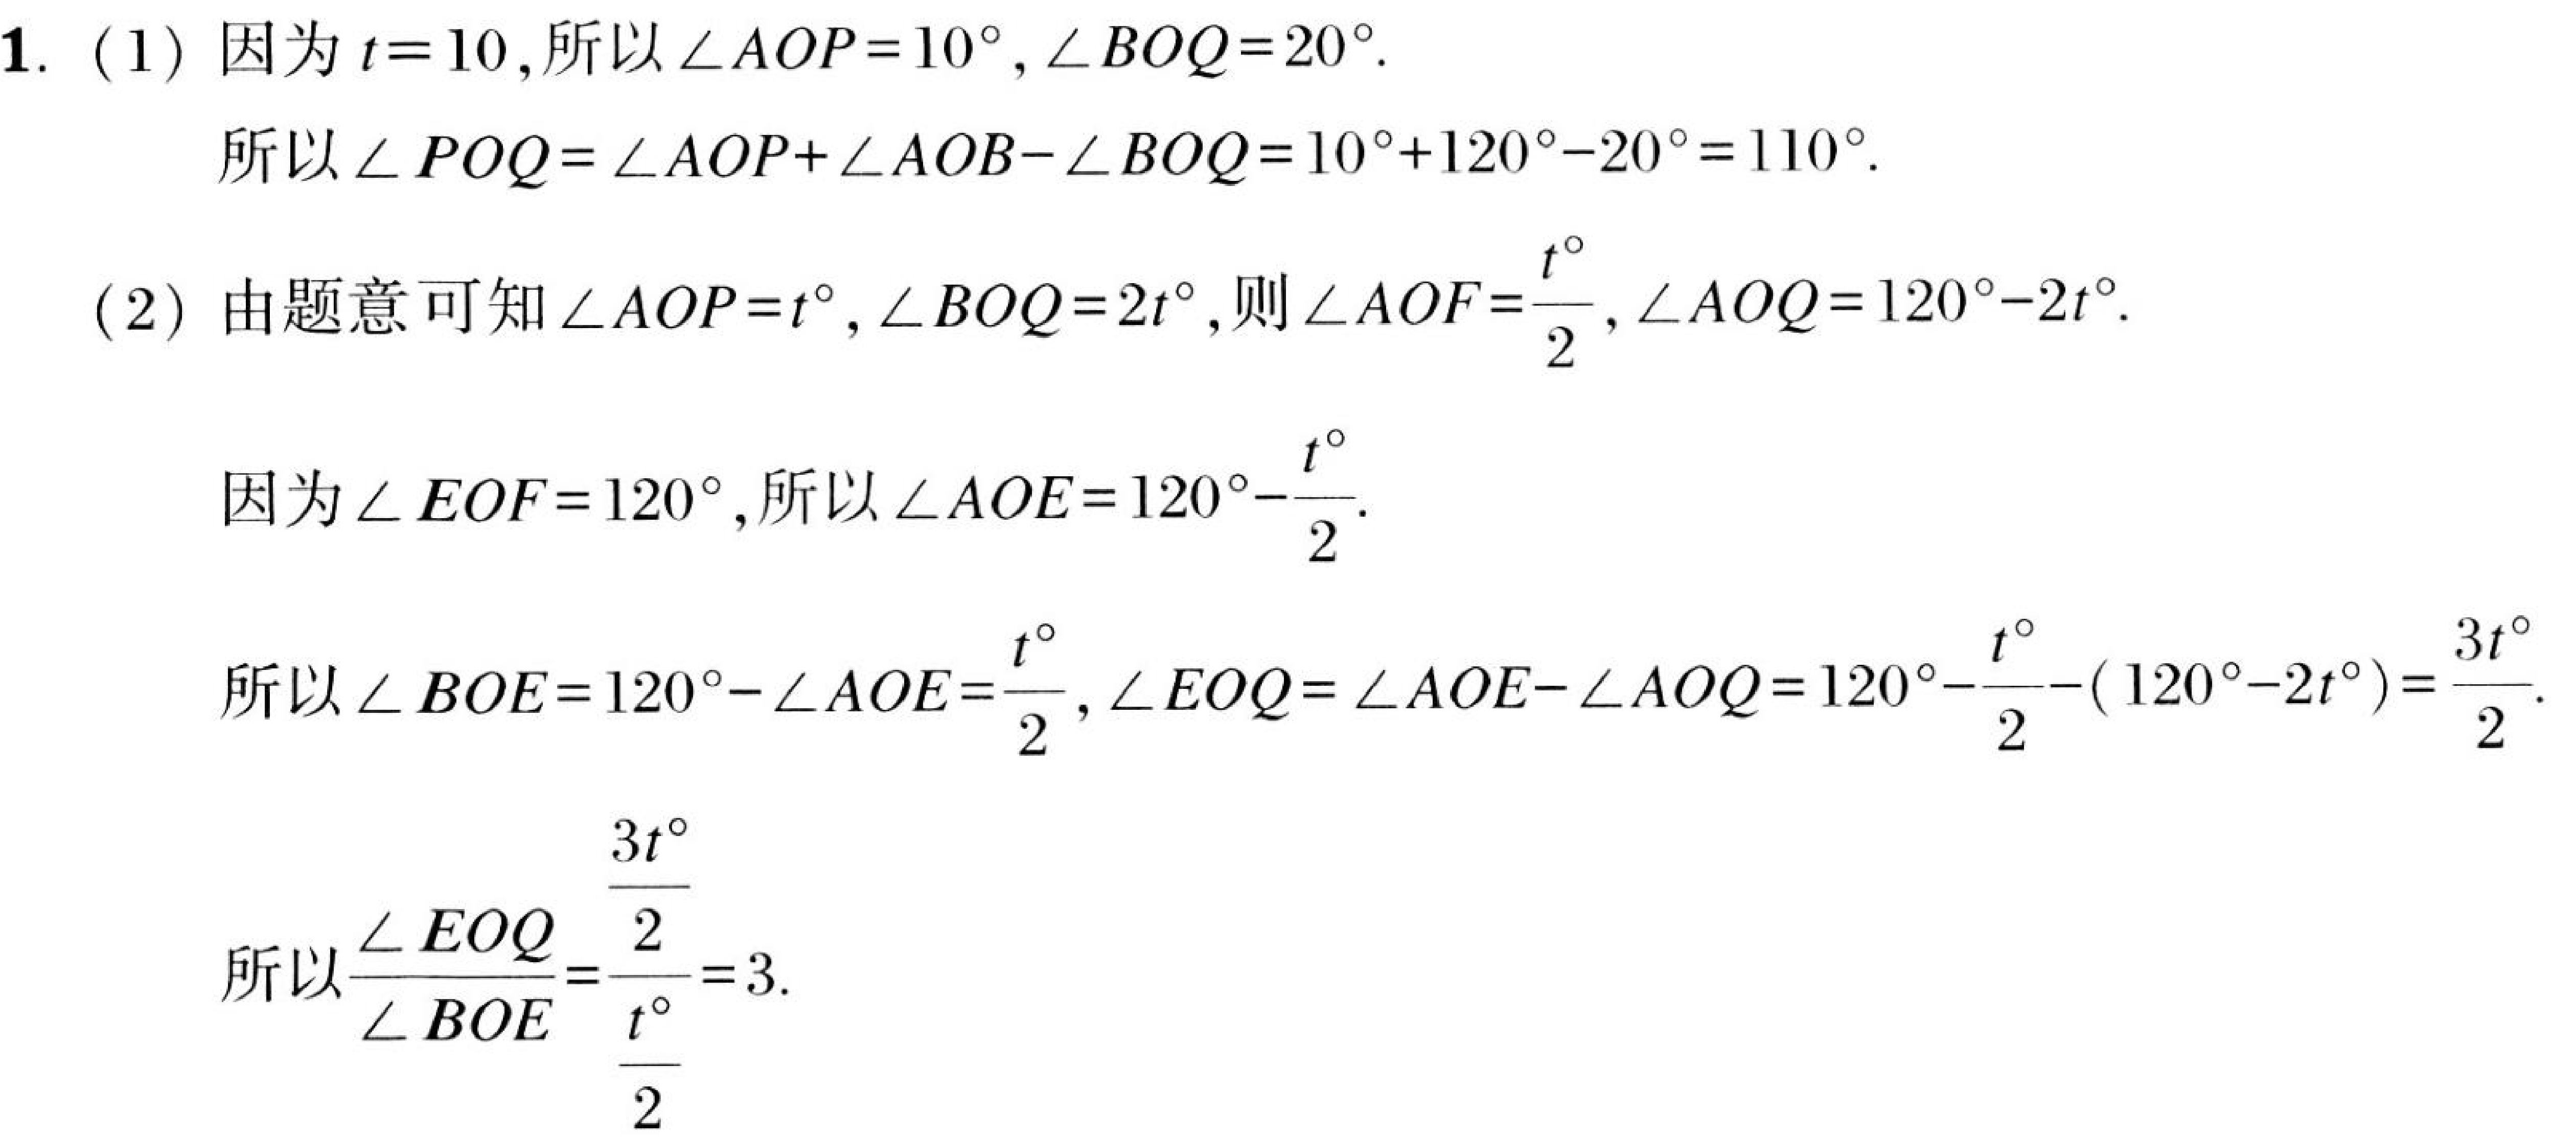
1. (1) 因为 \(t = 10\)，所以 \(\angle AOP = 10^{\circ}\)，\(\angle BOQ = 20^{\circ}\).
   所以 \(\angle POQ=\angle AOP+\angle AOB - \angle BOQ=10^{\circ}+120^{\circ}-20^{\circ}=110^{\circ}\).
(2) 由题意可知 \(\angle AOP = t^{\circ}\)，\(\angle BOQ = 2t^{\circ}\)，则 \(\angle AOF=\frac{t^{\circ}}{2}\)，\(\angle AOQ = 120^{\circ}-2t^{\circ}\).
   因为 \(\angle EOF = 120^{\circ}\)，所以 \(\angle AOE = 120^{\circ}-\frac{t^{\circ}}{2}\).
   所以 \(\angle BOE = 120^{\circ}-\angle AOE=\frac{t^{\circ}}{2}\)，\(\angle EOQ=\angle AOE-\angle AOQ=120^{\circ}-\frac{t^{\circ}}{2}-(120^{\circ}-2t^{\circ})=\frac{3t^{\circ}}{2}\).
   所以 \(\frac{\angle EOQ}{\angle BOE}=\frac{\frac{3t^{\circ}}{2}}{\frac{t^{\circ}}{2}} = 3\).